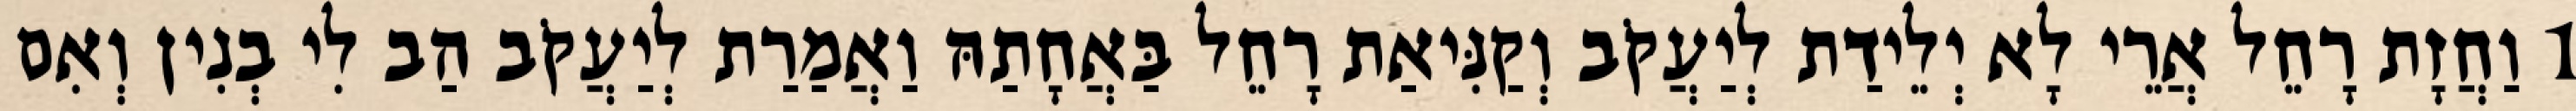
1 וַחֲזָת רָחֵל אֲרֵי לָא יְלֵידַת לְיַעֲקֹב וְקַנִּיאַת רָחֵל בַּאֲחָתַהּ וַאֲמַרַת לְיַעֲקֹב הַב לִי בְנִין וְאִם